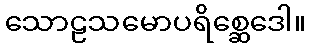
သောဠသမောပရိစ္ဆေဒေါ။